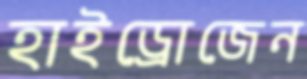
হাইড্রোজেন